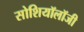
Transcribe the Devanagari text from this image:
सोशियॉलॉजी